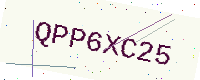
Text: QPP6XC25